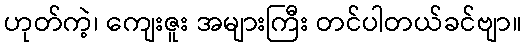
ဟုတ်ကဲ့၊ ကျေးဇူး အများကြီး တင်ပါတယ်ခင်ဗျာ။